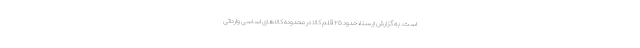
است. به گزارش ایسنا، حدود ۲۵ قلم کالا در محدوده کالاهای اساسی وارداتی